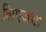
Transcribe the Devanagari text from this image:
लिएजच्चा